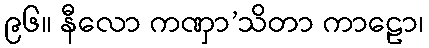
၉၆။ နီလော ကဏှာ’သိတာ ကာဠော၊